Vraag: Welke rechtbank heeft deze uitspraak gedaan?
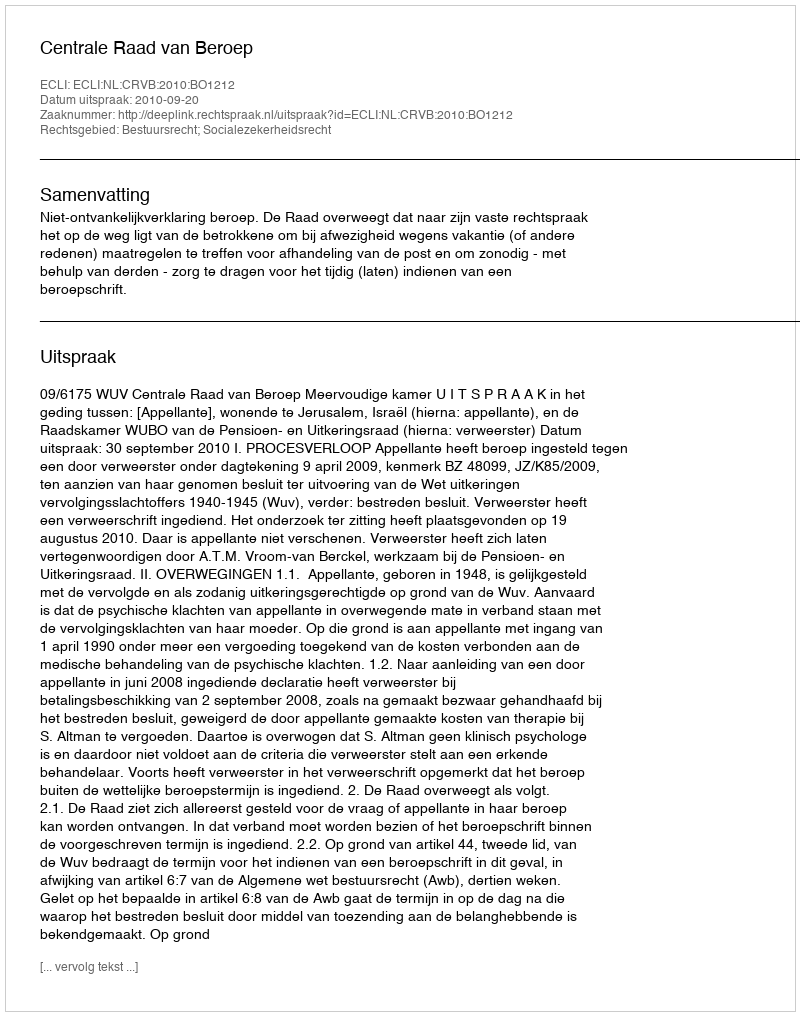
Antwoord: Centrale Raad van Beroep